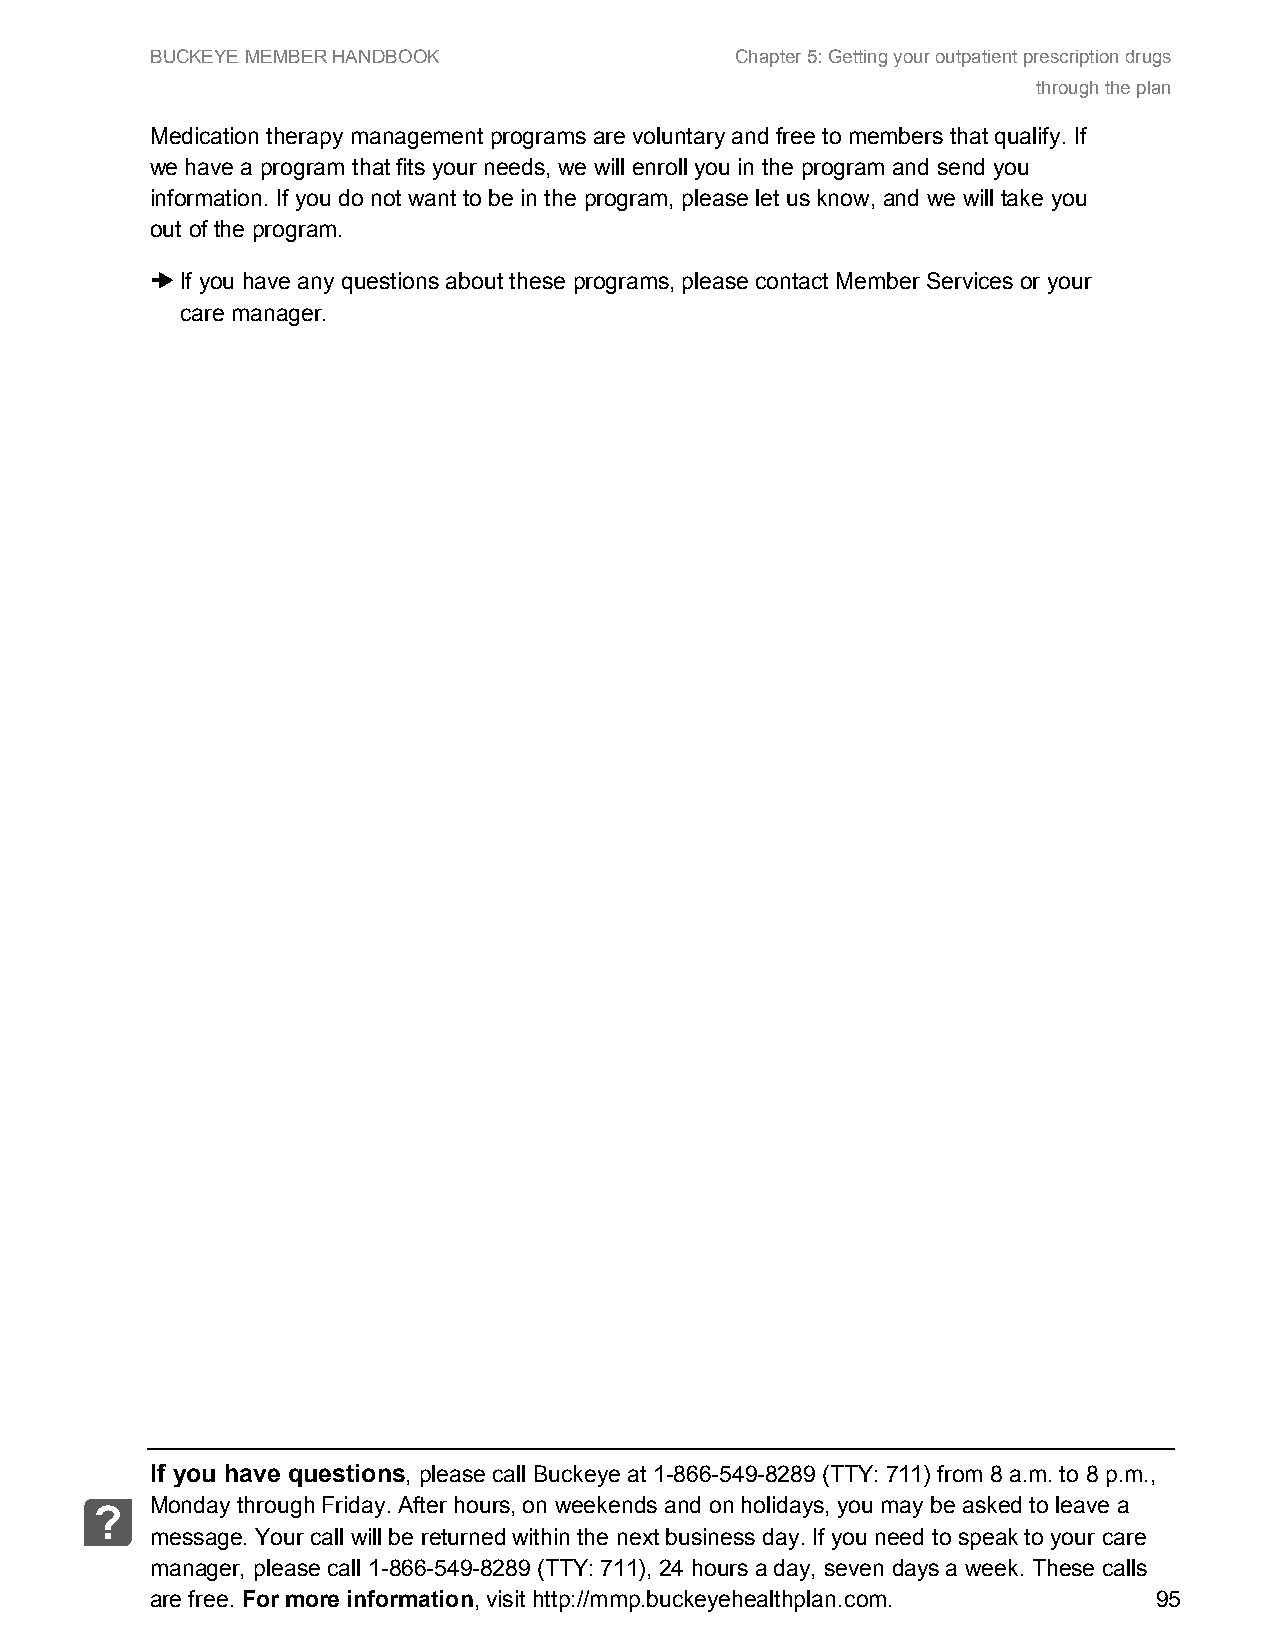
BUCKEYE MEMBER HANDBOOK                Chapter 5: Getting your outpatient prescription drugs
 through the plan
 Medication therapy management programs are voluntary and free to members that qualify. If
 we have a program that fits your needs, we will enroll you in the program and send you
 information. If you do not want to be in the program, please let us know, and we will take you
 out of the program.
 ➜ If you have any questions about these programs, please contact Member Services or your
 care manager.
 If you have questions, please call Buckeye at 1-866-549-8289 (TTY: 711) from 8 a.m. to 8 p.m.,
 Monday through Friday. After hours, on weekends and on holidays, you may be asked to leave a
 ?
 message. Your call will be returned within the next business day. If you need to speak to your care
 manager, please call 1-866-549-8289 (TTY: 711), 24 hours a day, seven days a week. These calls
 are free. For more information, visit http://mmp.buckeyehealthplan.com. 95